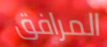
المرافق